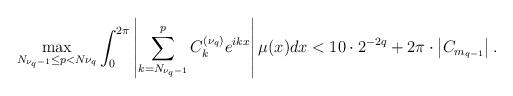
LaTeX: \begin{align*}\max_{N_{\nu_q-1} \leq p<N{\nu_q}} \int_0^{2\pi} \left|\sum_{k=N_{\nu_q-1}}^ p C_k^{(\nu_q)}e^{ikx} \right | \mu(x) dx<10\cdot 2^{-2q}+2\pi\cdot\left | C_{m_{q-1}} \right |.\end{align*}